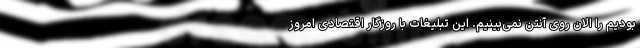
بودیم را الان روی آنتن نمی‌بینیم. این تبلیغات با روزگار اقتصادی امروز